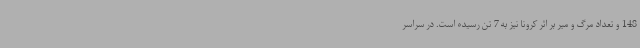
148 و تعداد مرگ و میر بر اثر کرونا نیز به 7 تن رسیده است. در سراسر